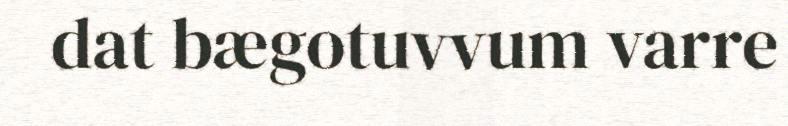
dat bægotuvvum varre